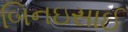
બિનઇસાઈ